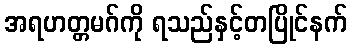
အရဟတ္တမဂ်ကို ရသည်နှင့်တပြိုင်နက်